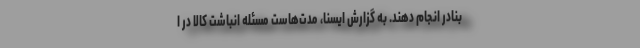
بنادر انجام دهند. به گزارش ایسنا، مدت‌هاست مسئله انباشت کالا در ا